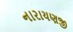
નારાયણજી